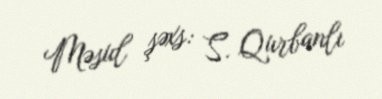
Məsul şəxs: S. Qurbanlı